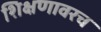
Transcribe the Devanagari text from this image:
शिक्षणावरच